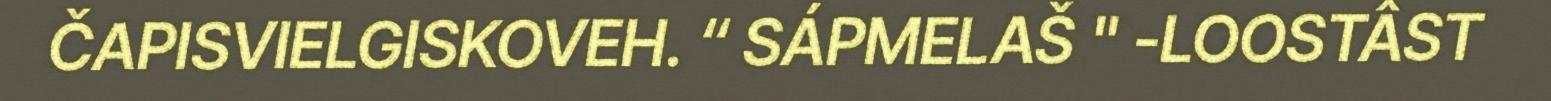
ČAPISVIELGISKOVEH. “ SÁPMELAŠ " -LOOSTÂST